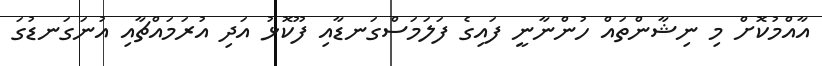
އާއްމުކޮށް މި ނިޝާންތައް ހުންނާނީ ފައިގެ ފަލަމަސްގަނޑާއި ފޫކޮޅު އަދި އުރަމައްޗާއި އުނަގަނޑުގަ